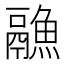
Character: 𱆏